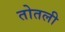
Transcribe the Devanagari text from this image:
तोतली